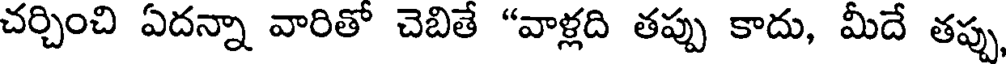
చర్చించి ఏదన్నా వారితో చెబితే "వాళ్లది తప్పు కాదు, మీదే తప్పు